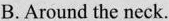
B. Around the neck.